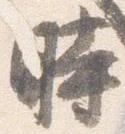
時